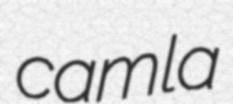
camla